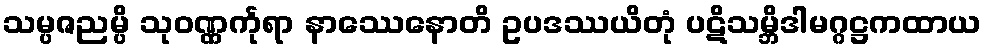
သမ္ပဇညမ္ပိ သုဝဏ္ဏင်္ကုရာ နာဿေနောတိ ဥပဒဿယိတုံ ပဋိသမ္ဘိဒါမဂ္ဂဋ္ဌကထာယ